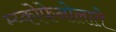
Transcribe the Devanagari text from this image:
म्य्कोफेनोलाते